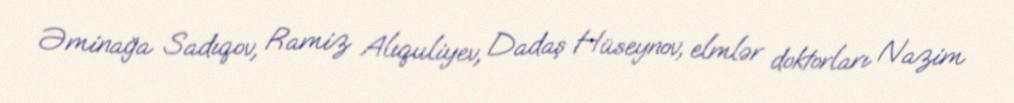
Əminağa Sadıqov, Ramiz Alıquliyev, Dadaş Hüseynov, elmlər doktorları Nazim